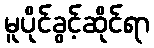
မူပိုင်ခွင့်ဆိုင်ရာ